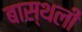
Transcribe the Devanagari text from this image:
बास्थली